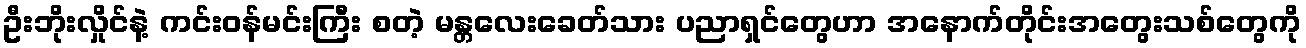
ဦးဘိုးလှိုင်နဲ့ ကင်းဝန်မင်းကြီး စတဲ့ မန္တလေးခေတ်သား ပညာရှင်တွေဟာ အနောက်တိုင်းအတွေးသစ်တွေကို